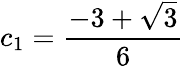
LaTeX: c_{1}=\frac{-3+\sqrt{3}}{6}